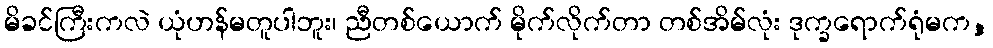
မိခင်ကြီးကလဲ ယုံဟန်မတူပါဘူး၊ ညီတစ်ယောက် မိုက်လိုက်တာ တစ်အိမ်လုံး ဒုက္ခရောက်ရုံမက,